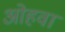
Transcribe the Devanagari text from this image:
ओहवा